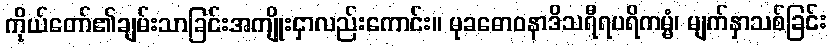
ကိုယ်တော်၏ချမ်းသာခြင်းအကျိုးငှာလည်းကောင်း။ မုခဓောဝနာဒိသရီရပရိကမ္မံ၊ မျက်နှာသစ်ခြင်း